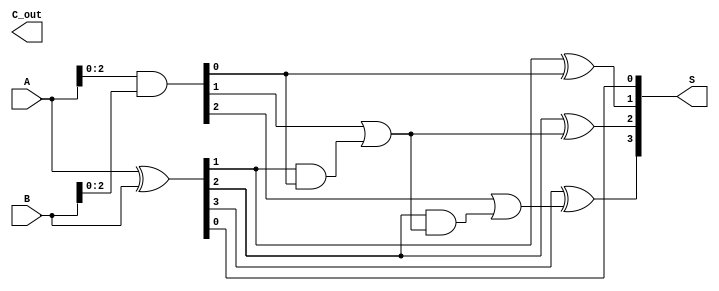
module ParallelPrefixAdder #(parameter n = 4) (
    input  [n-1:0] A,     // First n-bit input
    input  [n-1:0] B,     // Second n-bit input
    output [n-1:0] S,     // Sum output
    output        C_out    // Carry out
);

    // Generate and propagate signals
    wire [n-1:0] G; // Generate
    wire [n-1:0] P; // Propagate
    wire [n:0] C;   // Carry bits

    // Generate and Propagate logic
    assign G = A & B;           // Generate signal
    assign P = A ^ B;           // Propagate signal
    assign C[0] = 1'b0;         // Initial carry-in is 0

    // Level 1 of the prefix network
    genvar i;
    generate
        for (i = 0; i < n-1; i = i + 1) begin : level1
            assign C[i+1] = G[i] | (P[i] & C[i]);
        end
    endgenerate

    // Final sum calculation
    generate
        for (i = 0; i < n; i = i + 1) begin : sum_calculation
            assign S[i] = P[i] ^ C[i]; // Sum bits
        end
    endgenerate

    // Carry out
    assign C_out = C[n];

endmodule